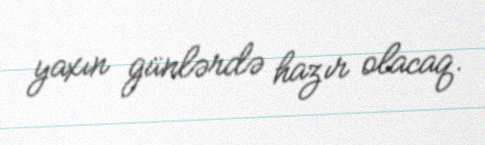
yaxın günlərdə hazır olacaq.